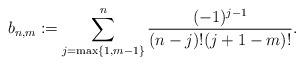
LaTeX: \begin{align*} b_{n,m}\coloneqq\sum_{j=\max\{1,m-1\}}^n\frac{(-1)^{j-1}}{(n-j)!(j+1-m)!}.\end{align*}